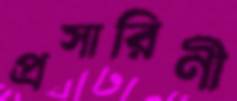
প্রসারিণী